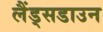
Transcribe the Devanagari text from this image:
लैंड्सडाउन